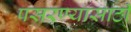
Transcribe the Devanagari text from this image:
पसरण्यासाठी